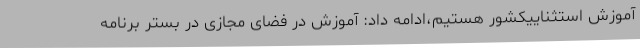
آموزش استثناییکشور هستیم،ادامه داد: آموزش در فضای مجازی در بستر برنامه